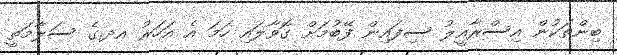
ބިންތަކުން އިސްރާއީލު ސިފައިން ފޭބުމަށް ގޮވާލައި ހަމަ އެ އަހަރު އދ.ގެ ސަލާމަތީ